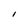
Character: I